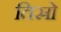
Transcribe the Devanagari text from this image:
तिस्रो